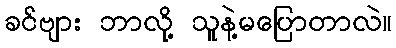
ခင်ဗျား ဘာလို့ သူနဲ့မပြောတာလဲ။